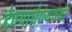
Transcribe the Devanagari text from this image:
देण्याघेण्याच्या